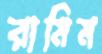
রামিম